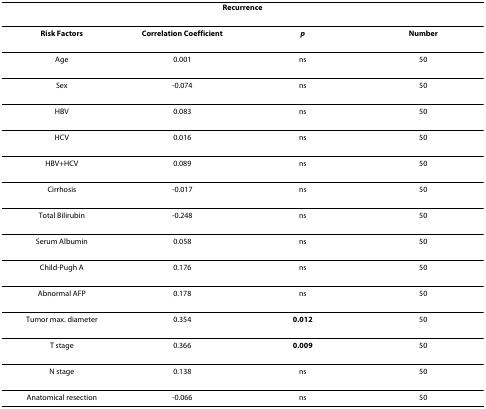
| <COLSPAN=4> Recurrence |
 | --- | --- | --- | --- |
 | Risk Factors | Correlation Coefficient | p | Number |
 | Age | 0.001 | ns | 50 |
 | Sex | -0.074 | ns | 50 |
 | HBV | 0.083 | ns | 50 |
 | HCV | 0.016 | ns | 50 |
 | HBV+HCV | 0.089 | ns | 50 |
 | Cirrhosis | -0.017 | ns | 50 |
 | Total Bilirubin | -0.248 | ns | 50 |
 | Serum Albumin | 0.058 | ns | 50 |
 | Child-Pugh A | 0.176 | ns | 50 |
 | Abnormal AFP | 0.178 | ns | 50 |
 | Tumor max. diameter | 0.354 | 0.012 | 50 |
 | T stage | 0.366 | 0.009 | 50 |
 | N stage | 0.138 | ns | 50 |
 | Anatomical resection | -0.066 | ns | 50 |